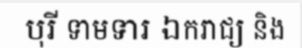
បុរី ទាមទារ ឯករាជ្យ និង